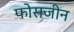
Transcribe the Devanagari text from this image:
फोसजीन